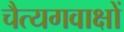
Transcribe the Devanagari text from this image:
चैत्यगवाक्षों